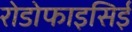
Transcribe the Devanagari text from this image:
रोडोफाइसिई